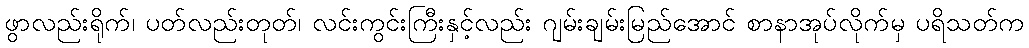
ဖွာလည်းရိုက်၊ ပတ်လည်းတုတ်၊ လင်းကွင်းကြီးနှင့်လည်း ဂျမ်းချမ်းမြည်အောင် စာနာအုပ်လိုက်မှ ပရိသတ်က